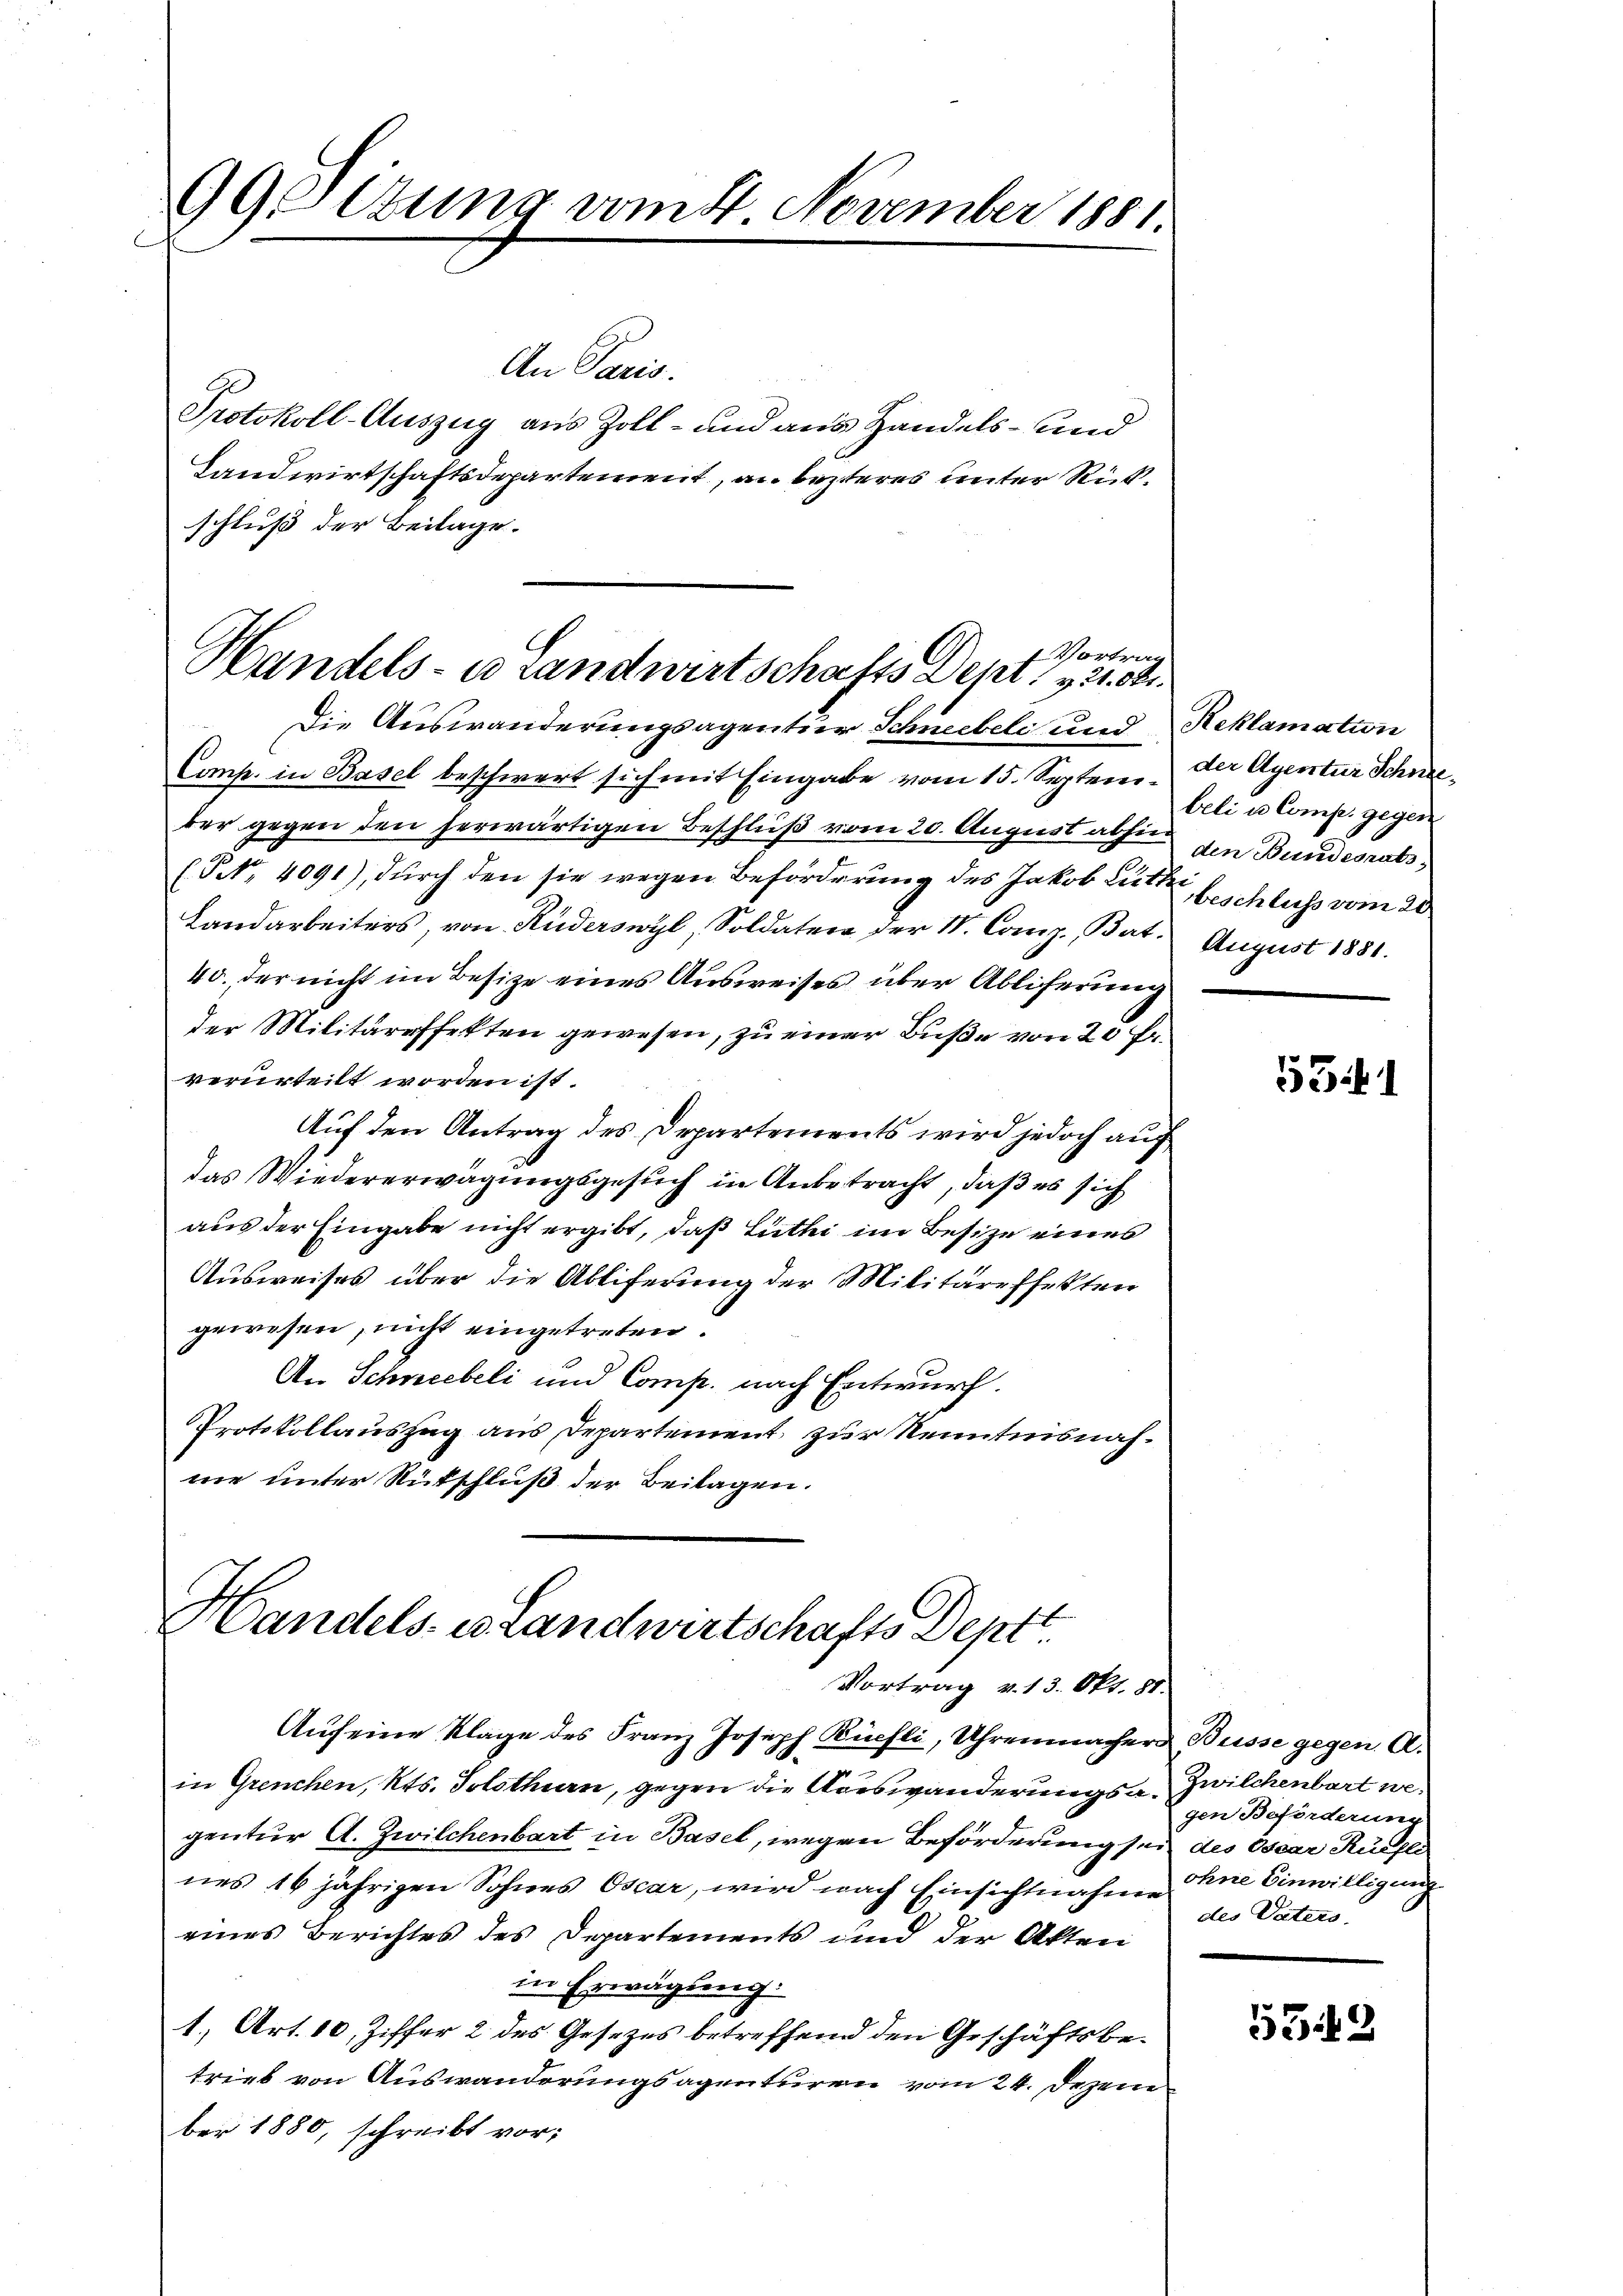
99Oltung vom 4. November 1881.

An Paris.
Landwirtschaftsdepartement, an lezteres unter Rückschluß der Beilage.

Protokoll-Auszug aus Zoll- und aus Handels- und

f Vortrag
Handels- u Landwirtschafts Depr. 121. 64.

Die Auswanderungsagentier Schneebeli und Reklamation
Comp. in Basel beschwert sich mit Eingabe vom 15. Septem. Der Agentur Schneeber gegen den herwärtigen Beschluß vom 20. August abhin den Bundesrats,
(PNNo. 4091), durch den sie wegen Beförderung des Jakob Suter, beschluß vom 20.
Landarbeiters, von Ruderswyl, Soldaten der St. Comp. Bat.
40. der nicht im Besize eines Ausweises über Abliferung
der Militäreffekten gewesen, zu einer Buße von 20 Fr.
verurteilt worden ist.
Auf den Antrag des Departements wird jedoch auf
das Wiedererwägungsgesuch in Anbetracht, daß es sich
aus der Eingabe nicht ergibt, daß Luthi im Besize eines
Ausweises über die Abliferung der Militäreffekten
gewesen, nicht eingetreten.
An Schneebeli und Comp. nach Entwurf.
Protokollauszug aus Departement zur Kenntnisnahne unter Rütschluß der Beilagen.

Handels es Landwirtschafts Deptt
Vortrag v. 13. Okt. 81.

Aŭf eine Klage des Franz Joseph Büchli, Uhrenmacher Busse gegen A.
in Grenchen, Kts. Solothurn, gegen die Korswanderungsa. Zwilchenbart wegentur A. Zwilchenbart in Basel, wegen Beförderung sei des Oser Küchle
nes 16 jährigen Sohnes Oscar, wird nach Einsichtnahme ohne Einwilligung
eines Berichtes des Departements und der Akten
in Erwägung.
1., Art. 10, Ziffer 2 des Gesezes betreffend den Geschäftsbetrieb von Auswanderungsagenturen vom 24. Dezem
ber 1880, schreibt vor;

beli u. Comp. gegen
August 1881.

53f

gen Beförderung
des Vaters.

5349